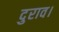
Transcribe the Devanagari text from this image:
दुराव।